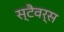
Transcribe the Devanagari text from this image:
स्टैवर्स